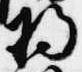
将